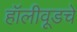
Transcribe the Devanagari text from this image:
हॉलीवूडचे